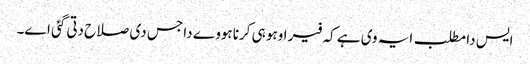
ایس دا مطلب ایہ وی ہے کہ فیر اوہو ہی کرنا ہووے دا جس دی صلاح دتی گئی اے۔